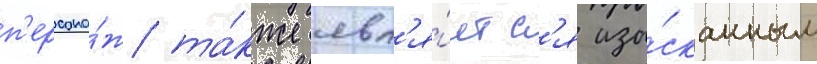
п'ерсона́ж та́кже явл'я́етс'я изы́сканным